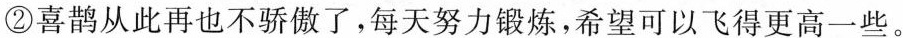
②喜鹊从此再也不骄傲了，每天努力锻炼，希望可以飞得更高一些。